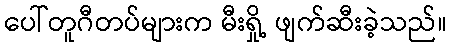
ပေါ်တူဂီတပ်များက မီးရှို့ ဖျက်ဆီးခဲ့သည်။